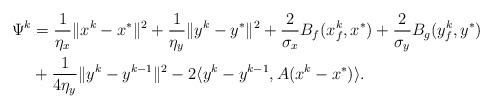
LaTeX: \begin{align*}\Psi^k &= \frac{1}{\eta_x}\|x^k - x^*\|^2+\frac{1}{\eta_y}\|y^k - y^*\|^2+\frac{2}{\sigma_x}B_f(x_f^k, x^*)+\frac{2}{\sigma_y}B_g(y_f^k, y^*)\\&+\frac{1}{4\eta_y}\|y^k - y^{k-1}\|^2-2\langle y^k-y^{k-1}, A(x^k-x^*) \rangle.\end{align*}